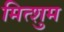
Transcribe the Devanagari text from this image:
मित्शुम